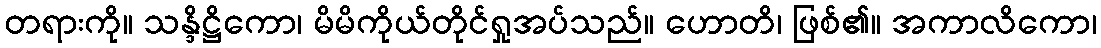
တရားကို။ သန္ဒိဋ္ဌိကော၊ မိမိကိုယ်တိုင်ရှုအပ်သည်။ ဟောတိ၊ ဖြစ်၏။ အကာလိကော၊